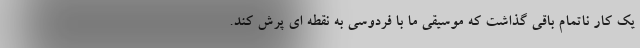
یک کار ناتمام باقی گذاشت که موسیقی ما با فردوسی به نقطه ای پرش کند.